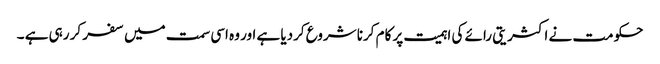
حکومت نے اکثریتی رائے کی اہمیت پر کام کرنا شروع کردیا ہے اور وہ اسی سمت میں سفر کر رہی ہے ۔